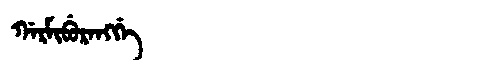
Manchu: ᡤᠠᡵᠮᡳᠪᡠᡵᠠᠩᡤᡝ
Romanization: GARMIBURANGGE